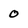
Character: 0